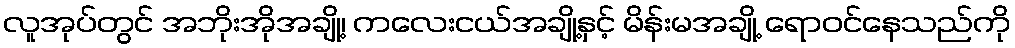
လူအုပ်တွင် အဘိုးအိုအချို့၊ ကလေးငယ်အချို့နှင့် မိန်းမအချို့ ရောဝင်နေသည်ကို